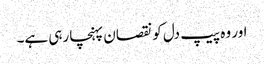
اور وہ پیپ دل کو نقصان پہنچا رہی ہے۔